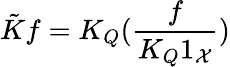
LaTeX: \tilde{K}f=K_{Q}(\frac{f}{K_{Q}1_{\mathcal X}})